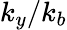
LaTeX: k_{y}/k_{b}